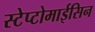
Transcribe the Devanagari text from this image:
स्टेप्टोमाईसिन